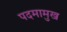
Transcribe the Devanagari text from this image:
पदमामुख